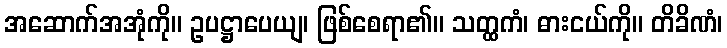
အဆောက်အအုံကို။ ဥပဋ္ဌာပေယျ၊ ဖြစ်စေရာ၏။ သတ္ထကံ၊ ဓားငယ်ကို။ တိခိဏံ၊